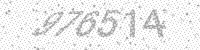
Solution: 976514